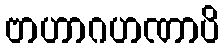
ဗာဟာဂဟဏာပိ